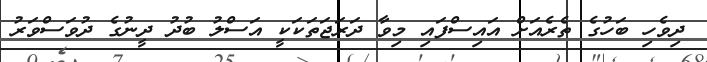
ދިވެހި ބަހުގެ ތެރެއަށް އައިސްފައި މިވާ ދަރަޖަތަކަކީ އަސްލު ބުދު ދީނުގެ ދުވަސްވަރު